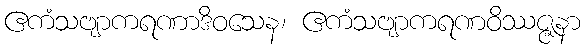
ဧကံသဗျာကရဏာဒိဝသေန၊ ဧကံသဗျာကရဏဝိဿဇ္ဇနာ